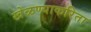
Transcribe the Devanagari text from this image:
खेळण्याकरिता